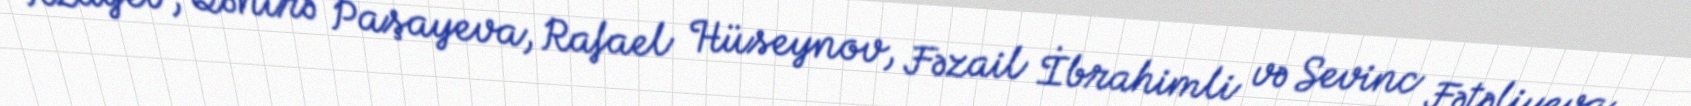
Rzayev, Qənirə Paşayeva, Rafael Hüseynov, Fəzail İbrahimli və Sevinc Fətəliyeva